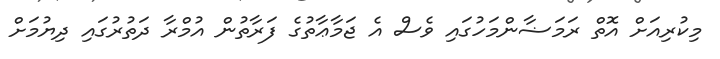
މިކުރިއަށް އޮތް ރަމަޟާންމަހުގައި ވެސް އެ ޖަމާޢާތުގެ ފަރާތުން އުމްރާ ދަތުރުގައި ދިޔުމަށް